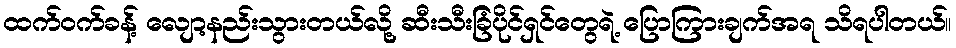
ထက်ဝက်ခန့် လျော့နည်းသွားတယ်လို့ ဆီးသီးခြံပိုင်ရှင်တွေရဲ့ ပြောကြားချက်အရ သိရပါတယ်။